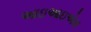
આઇઆઇએમ